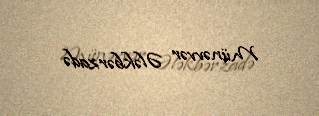
Münəvvər Ələkbərzadə